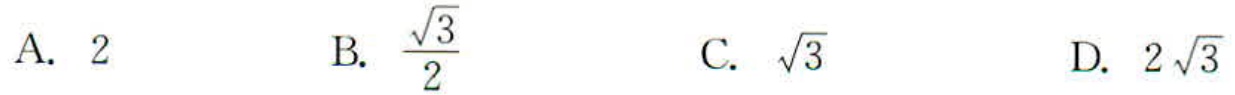
A. \(2\)
B. \(\frac{\sqrt{3}}{2}\)
C. \(\sqrt{3}\)
D. \(2\sqrt{3}\)